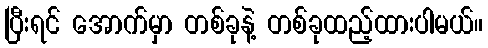
ပြီးရင် အောက်မှာ တစ်ခုနဲ့ တစ်ခုထည့်ထားပါမယ်။